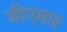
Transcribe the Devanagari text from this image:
जीएमार